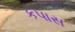
કપાસ